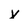
Character: v